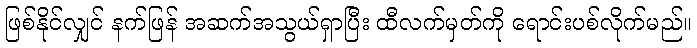
ဖြစ်နိုင်လျှင် နက်ဖြန် အဆက်အသွယ်ရှာပြီး ထီလက်မှတ်ကို ရောင်းပစ်လိုက်မည်။